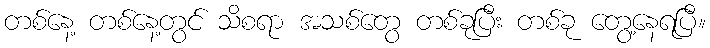
တစ်နေ့ တစ်နေ့တွင် သိစရာ အသစ်တွေ တစ်ခုပြီး တစ်ခု တွေ့နေရပြီ။